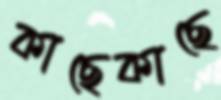
কাছেকাছে